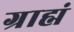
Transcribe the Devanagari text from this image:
ग्राह्मं